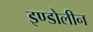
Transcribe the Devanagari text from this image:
इण्डोलीन